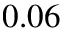
0 . 0 6